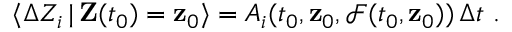
\langle \Delta Z _ { i } \, | \, \mathbf { Z } ( t _ { 0 } ) = \mathbf { z } _ { 0 } \rangle = A _ { i } ( t _ { 0 } , \mathbf { z } _ { 0 } , \mathcal { F } ( t _ { 0 } , \mathbf { z } _ { 0 } ) ) \, \Delta t ~ .